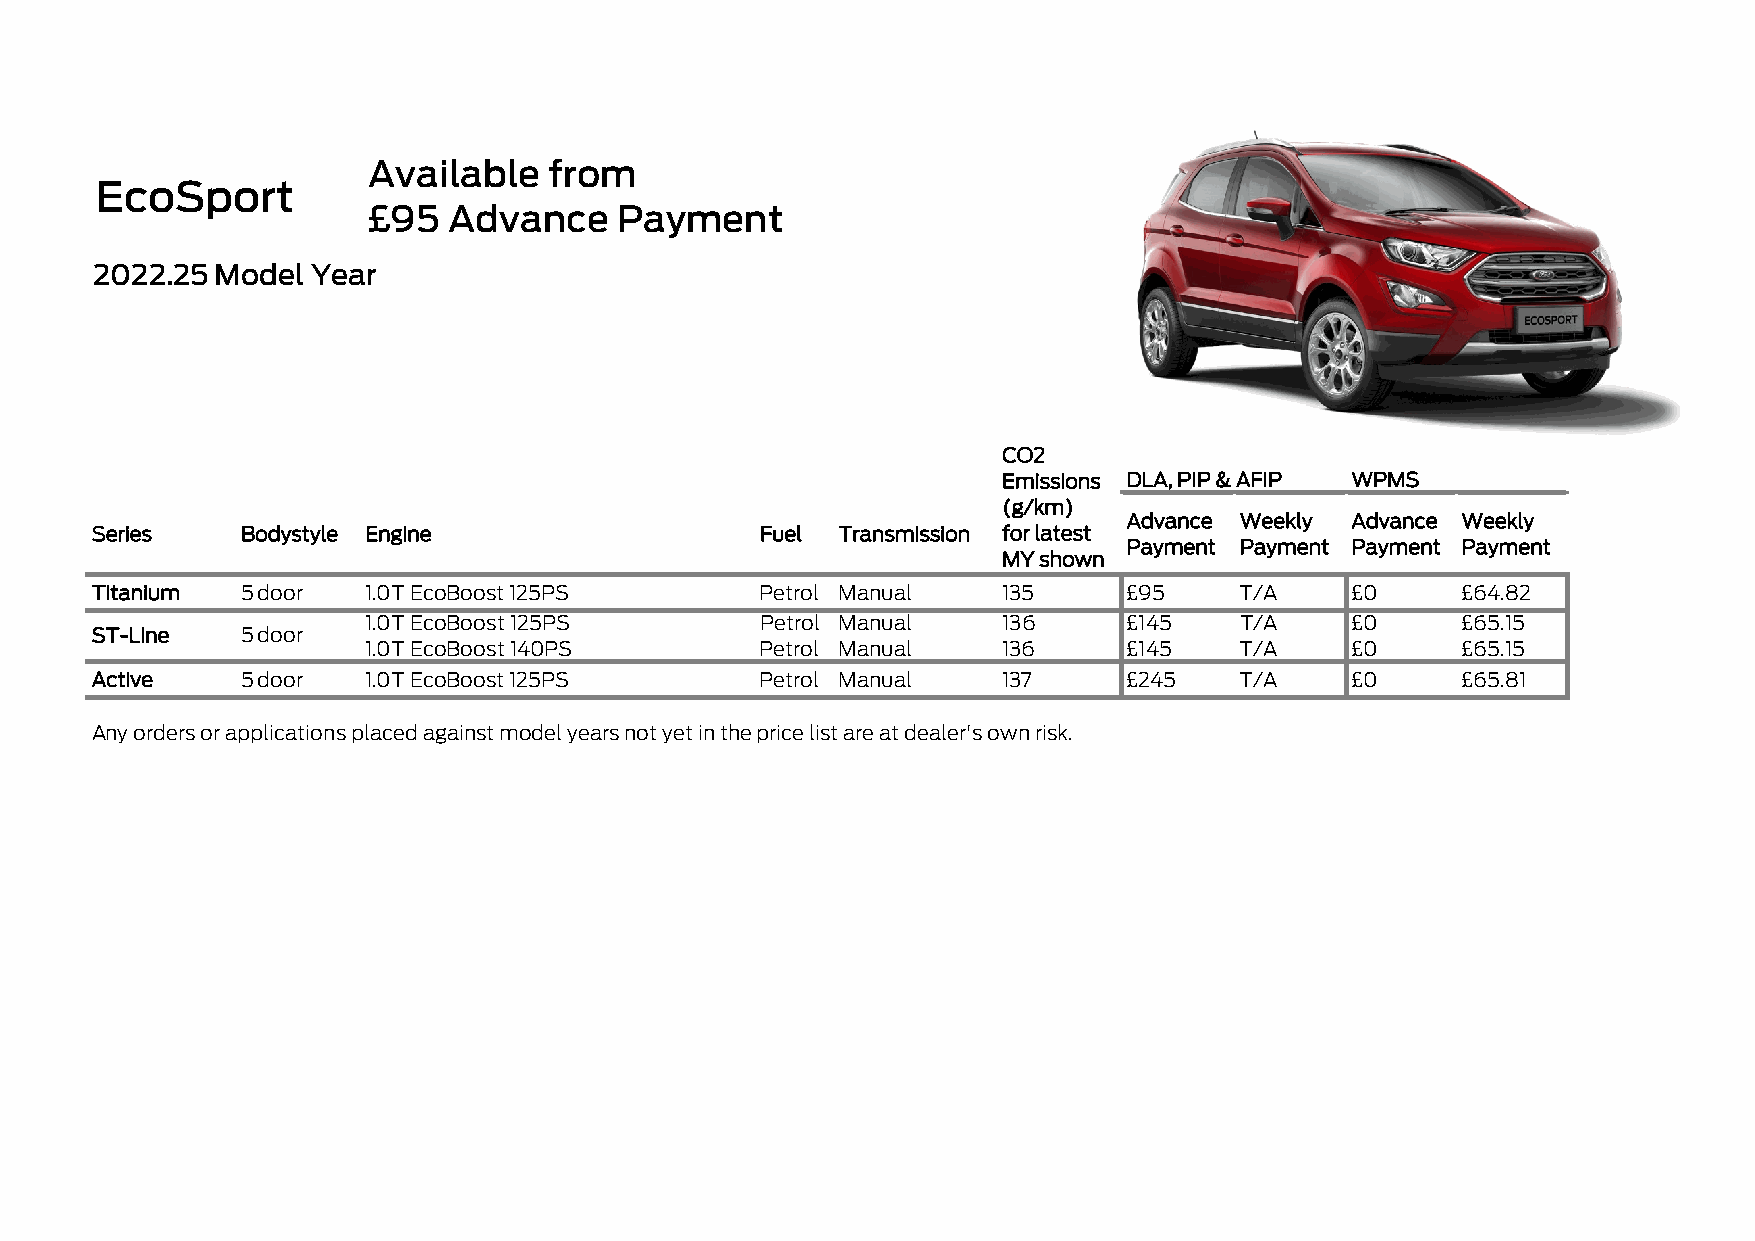
Available   from
 EcoSport
 £95   Advance    Payment
 2022.25 Model  Year
 CO2
 Emissions DLA, PIP & AFIP WPMS
 (g/km)
 Advance Weekly Advance Weekly
 Series    Bodystyle Engine                  Fuel Transmission for latest
 Payment Payment Payment Payment
 MY shown
 Titanium  5 door  1.0T EcoBoost 125PS       Petrol Manual   135      £95    T/A    £0      £64.82
 1.0T EcoBoost 125PS       Petrol Manual   136      £145   T/A    £0      £65.15
 ST-Line   5 door
 1.0T EcoBoost 140PS       Petrol Manual   136      £145   T/A    £0      £65.15
 Active    5 door  1.0T EcoBoost 125PS       Petrol Manual   137      £245   T/A    £0      £65.81
 Any orders or applications placed against model years not yet in the price list are at dealer's own risk.